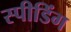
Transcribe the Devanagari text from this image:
स्‍पीडिंग